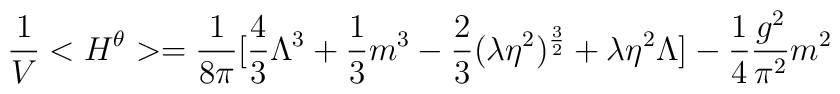
\frac{1}{V}<H^{\theta}> = \frac{1}{8\pi} [\frac{4}{3} \Lambda^3+\frac{1}{3}m^3 - \frac{2}{3}(\lambda \eta^2)^{\frac{3}{2}} +\lambda\eta^2 \Lambda] -\frac{1}{4} \frac{g^2}{\pi^2} m^2